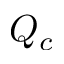
Q _ { c }